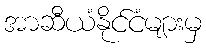
အာဆီယံနိုင်ငံများမှ